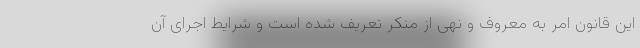
این قانون امر به معروف و نهی از منکر تعریف شده است و شرایط اجرای آن